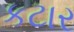
કટાર